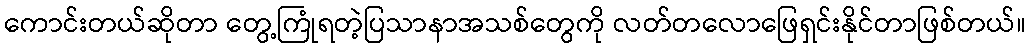
ကောင်းတယ်ဆိုတာ တွေ့ကြုံရတဲ့ပြသာနာအသစ်တွေကို လတ်တလောဖြေရှင်းနိုင်တာဖြစ်တယ်။